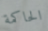
الحاكمة